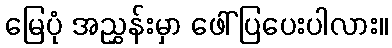
မြေပုံ အညွှန်းမှာ ဖေါ်ပြပေးပါလား။